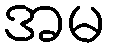
အမ